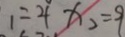
1 = 4 x _ { 2 } = 9